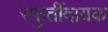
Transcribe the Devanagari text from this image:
स्फुर्तीदायक